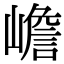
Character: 嶦